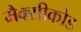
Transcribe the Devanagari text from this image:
मैक्सीकोड